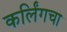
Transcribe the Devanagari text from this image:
कर्लिंगचा